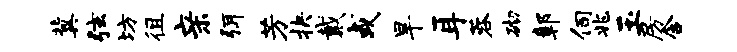
冀弦坊徂亲弭芳抉戴或旱耳蓉砌鄣伺兆玉房含